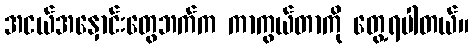
အငယ်အနှောင်းတွေဘက်က ကာကွယ်တာကို တွေ့ရပါတယ်။